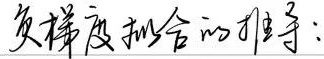
负梯度拟合的推导：